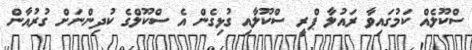
ސްކޫލެެއް ކަމުގައިވާ ރައުލާ ޕްރީ ސްކޫލާއި ގުޅިގެން އެ ސްކޫލްގެ ކުދިންނަށް ގުރުއާން